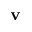
\mathbf { v }